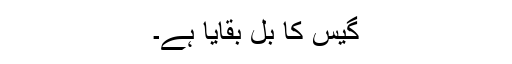
گیس کا بل بقایا ہے۔